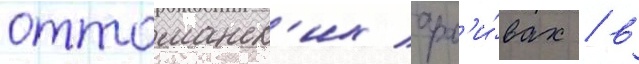
оттоманск'их арх'и́вах / в